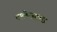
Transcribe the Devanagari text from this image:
टालेरस्ट्रास